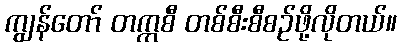
ကျွန်တော် တက္ကစီ တစ်စီးစီစဉ်ဖို့လိုတယ်။